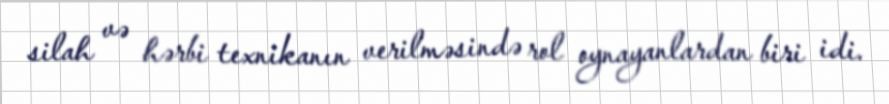
silah və hərbi texnikanın verilməsində rol oynayanlardan biri idi.